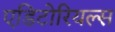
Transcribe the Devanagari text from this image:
एडिटोरियल्स